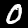
Digit: 0